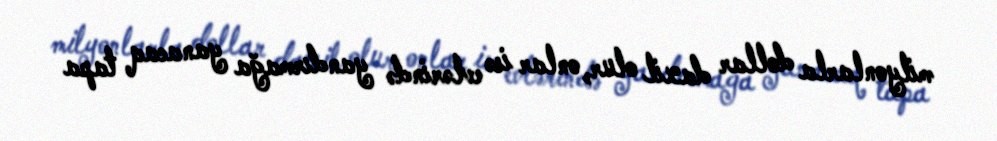
milyonlarla dollar daxil olur, onlar isə evlərində yandırmağa yanacaq tapa